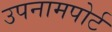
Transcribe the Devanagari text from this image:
उपनामपोर्ट